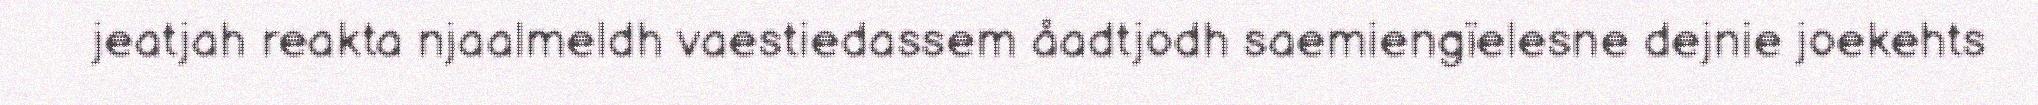
jeatjah reakta njaalmeldh vaestiedassem åadtjodh saemiengïelesne dejnie joekehts